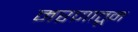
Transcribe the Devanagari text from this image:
मरणातून